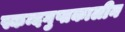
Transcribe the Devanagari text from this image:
स्कन्दगुप्तकालीन